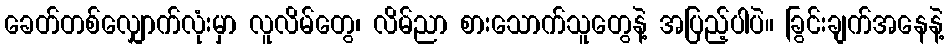
ခေတ်တစ်လျှောက်လုံးမှာ လူလိမ်တွေ၊ လိမ်ညာ စားသောက်သူတွေနဲ့ အပြည့်ပါပဲ။ ခြွင်းချက်အနေနဲ့